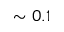
\sim 0 . 1